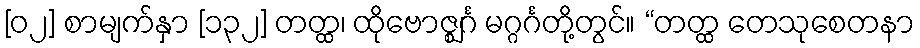
[၀၂] စာမျက်နှာ [၁၃၂] တတ္ထ၊ ထိုဗောဇ္ဈင်္ဂ မဂ္ဂင်္ဂတို့တွင်။ “တတ္ထ တေသုစေတနာ